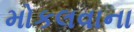
મોકલવાના